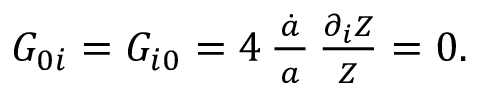
\begin{array} { r } { G _ { 0 i } = G _ { i 0 } = 4 \, \frac { \dot { a } } { \, a \, } \, \frac { \partial _ { i } Z } { \, Z \, } = 0 . } \end{array}